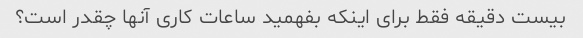
بیست دقیقه فقط برای اینکه بفهمید ساعات کاری آنها چقدر است؟